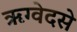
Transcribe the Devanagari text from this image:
ऋग्वेदसे